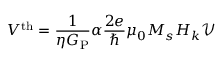
V ^ { \mathrm { t h } } = \frac { 1 } { \eta G _ { \mathrm { P } } } \alpha \frac { 2 e } { \hbar } \mu _ { 0 } M _ { s } H _ { k } \mathcal { V }